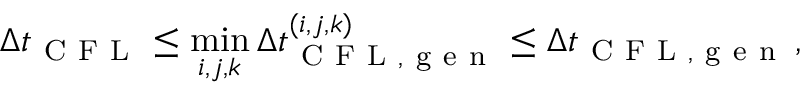
\Delta t _ { \mathrm { ~ C ~ F ~ L ~ } } \le \operatorname* { m i n } _ { i , j , k } \Delta t _ { \mathrm { ~ C ~ F ~ L ~ , ~ g ~ e ~ n ~ } } ^ { ( i , j , k ) } \le \Delta t _ { \mathrm { ~ C ~ F ~ L ~ , ~ g ~ e ~ n ~ } } \, ,